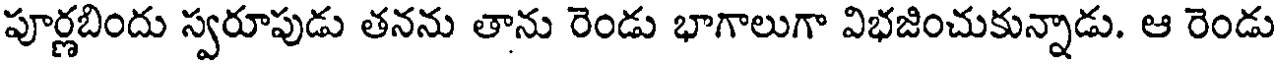
పూర్ణబిందు స్వరూపుడు తనను తాను రెండు భాగాలుగా విభజించుకున్నాడు. ఆ రెండు